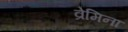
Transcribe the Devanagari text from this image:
व्रेमिना